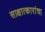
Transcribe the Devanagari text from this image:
साक्षात्कारांचा